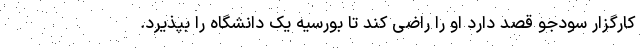
کارگزارِ سودجو قصد دارد او را راضی کند تا بورسیه یک دانشگاه را بپذیرد.